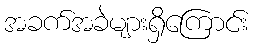
အခက်အခဲများရှိကြောင်း